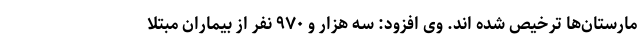
مارستان‌ها ترخیص شده اند. وی افزود: سه هزار و ۹۷۰ نفر از بیماران مبتلا